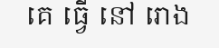
គេ ធ្វើ នៅ រោង